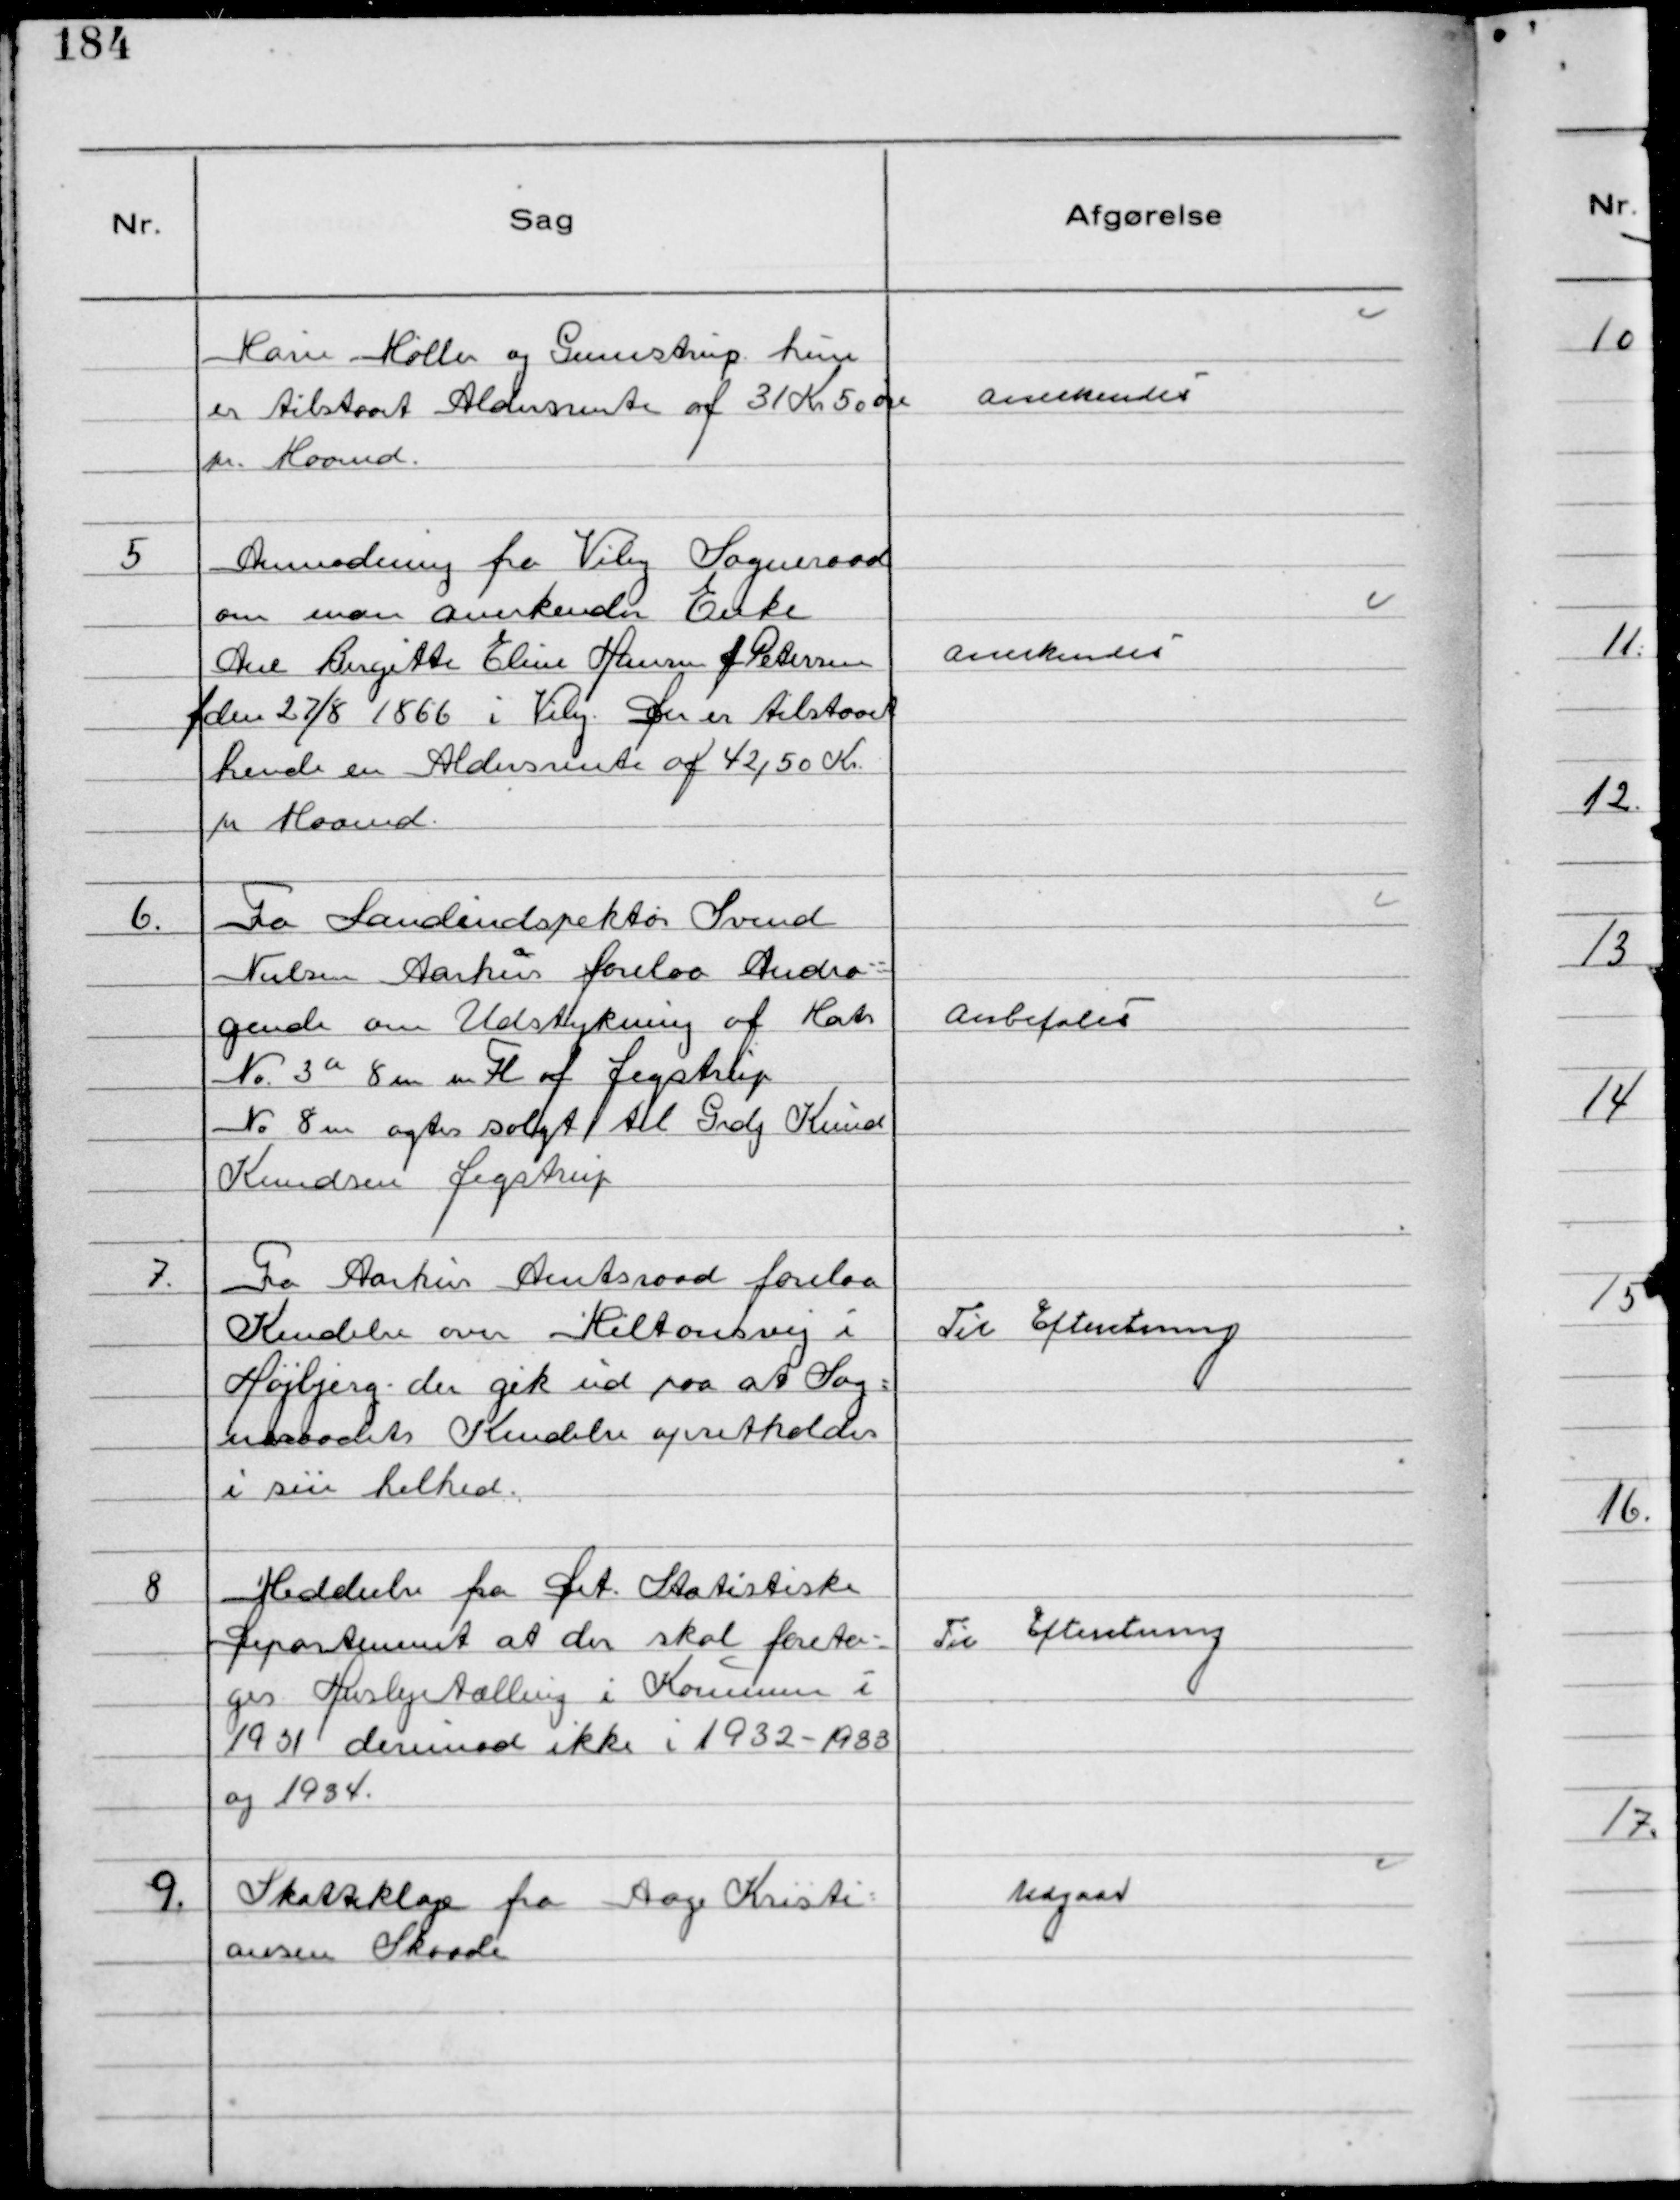
Transskription:
Marie Møller og Gunnestrup huse
er tilstaaet Aldersrente af 31 Kr 50 øre
pr. Maaned.

Anerkendes

5
Anmodning fra Viby Sogneraad
om man anerkender Enke
Ane Birgitte Eline Hansen f Petersen
f den 27/8 1866 i Viby. Der er tilstaaet
hende en Aldersrente af 42,50 Kr.
pr Maaned.

Anerkendes

6.
Fra Landinspektør Svend
Nielsen Aarhus forelaa Andra-
gende om Udstykning af Matr
№ 3a 8 m m Fl af Jegstrup
№8 m agtes solgt til Grdj Knud
Knudsen Jegstrup

Anbefales

7.
Fra Aarhus Amtsraad forelaa
Kendelse over Miltonsvej i
Højbjerg - der gik ud paa at Sog-
neraadets Kendelse opretholdes
i sin helhed.

Til Efteretning

8
Meddeelse fra Det Statistiske
Departement at der skal foreta-
ges Huslejetælling i Kommunen i
1931 derimod ikke i 1932-1933
og 1934.

Til Efteretning

9.
Skatteklage fra Aage Kristi-
ansen Skaade

Udgaar